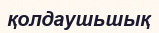
қолдаушьшық